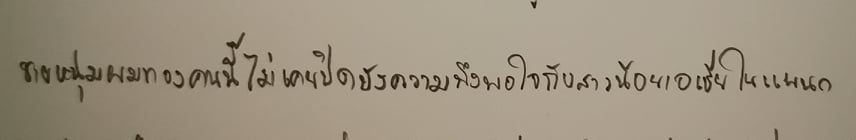
ชายหนุ่มผมทองคนนี้ไม่เคยปิดบังความพึงพอใจกับสาวน้อยเอเชียในแผนก